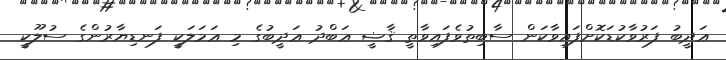
ޢަދީބު ފަރުވާކުޑަކޮށްފައިވާކަން ސާބިތުވެފައިވާތީ ޤާޟީ ޢަބްދު ޢަދީބުގެ މި ޢަމަލަކީ ފަނޑިޔާރުންގެ ސުލޫކީ